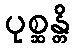
ပုစ္ဆန္တိ